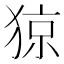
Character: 猄